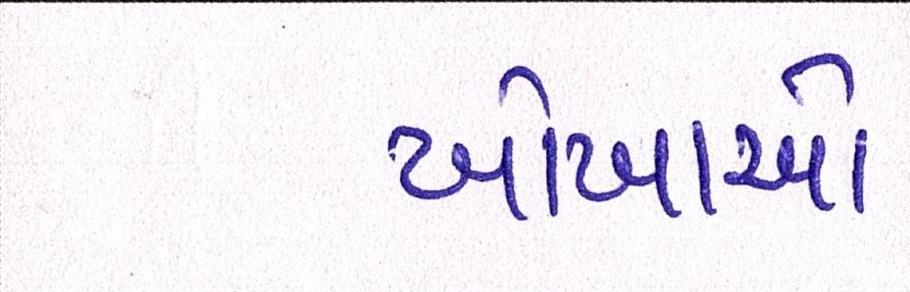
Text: ખોખાઓ